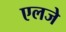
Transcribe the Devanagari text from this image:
एलजे